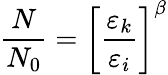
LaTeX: \frac{N}{N_{0}}=\left[\frac{\varepsilon_{k}}{\varepsilon_{i}}\right]^{\beta}